Bulletin of the Pasteur Institute of Southern India, Coonoor - No. 1.
Year: 1908
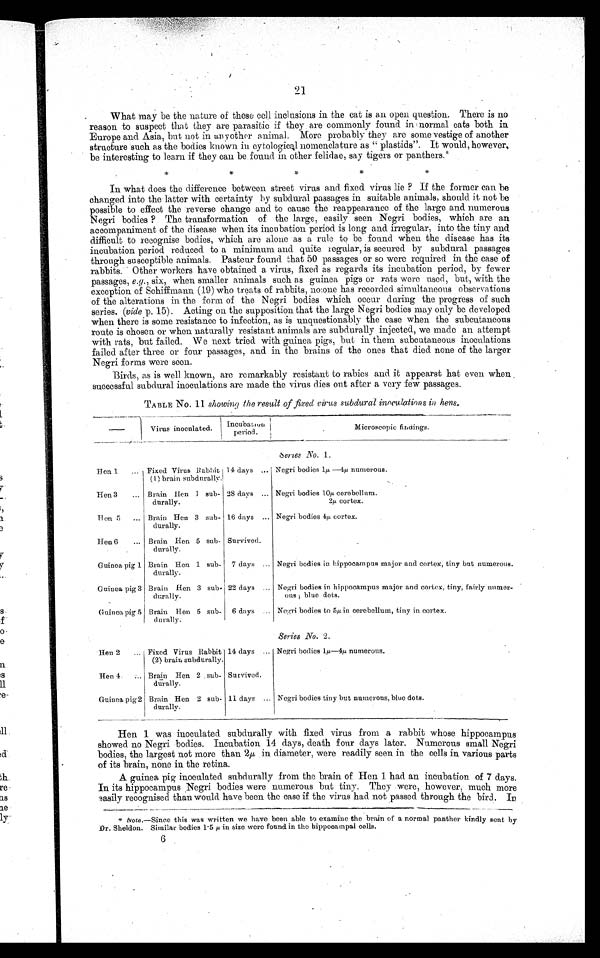
2
1
What may be the nature of these cell inclusions in the cat is an open question. There is no
reason to suspect that they are parasitic if they are commonly found in normal cats both in
Europe and Asia, but not in anyother animal. More probably they are some vestige of another
structure such as the bodies known in cytological nomenclature as a plastids". It would, however,
be interesting to learn if they can be found in other felidae, say tigers or panthers.
In what does the difference between street virus and fixed virus lie ? If the former can be
changed into the latter with certainty by subdural passages in suitable animals, should. it not be
possible to effect the reverse change and to cause the reappearance of the large and numerous
Negri bodies ? The transformation of the large, easily seen Negri bodies, which are an
accompaniment of the disease when its incubation period is long and irregular, into the tiny and.
difficult to recognise bodies, which are alone as a rule to be found when the disease has its
incubation period reduced to a minimum and quite regular, is secured by subdural passages
through susceptible animals. Pasteur found that 50 passages or so were required in the case of
rabbits Other workers have obtained a virus, fixed as regards its incubation period, by fewer
passages, e.g., six, when smaller animals such as guinea pigs or rats were used, but, with the
exception of Schiffmann (19) wh.o treats of rabbits, no one has recorded simultaneous observations
of the alterations in the form of the Negri bodies which occur daring the progress of such
series. (vide p. 15). Acting on the supposition that the large Negri bodies may only be developed
when there is some resistance to infection, as is unquestionably the case when the subcutaneous
route is chosen or when naturally resistant animals are subdurally injected, we made an attempt
with rats, but failed. We next tried with guinea pigs, but in them subcutaneous inoculations
failed after three or four passages, and in the brains of the ones that died none of the larger
Negri forms were seen.
'Birds, as is well known, are remarkably resistant to rabies and. it appearst hat even when
successful subdural inoculations are made the virus dies out after a very few passages.
TABLE No. 11 showing the result of fixed virus subdural inoculations in hens.
,
Virus inoculated. Incubation period Microscopic findings.
Serres
No. 1.
Hen 1
Fixed Virus Rabbit 14 days ,.. Negri bodies 1µ — 4 µ numerous.
(1) brain subdurally.i
Hen 3
... Brain Hen I sub-
durally.
28 days ... Negri bodies 10µ cerebellum.
2µ cortex.
Hen 5
... Brain Hen 3 sub-
durally.
16 days ... Negri bodies 4µ cortex.
Hen 6
... Brain Hen 5 sub-
durally.
Survived.
Guinea pig 1 Brain Hen 1 sub-
d.urally.
7 clays ... Negri bodies in hippocampus major and cortex, tiny but numerous.
Guinea pig 3 Brain Hen 3 sub-
durally.
22 days ... Negri bodies in hippocampus major and cortex, tiny, fairly numer-
ons ; blue dots.
Guinea pig 5 Brain Hen 5 sub-
6 days ...
durally.
Negri bodies to 5µ in cerebellum, tiny in cortex.
Series No. 2.
Hen 2
... Fixed Virus Rabbit 14 clays ... Negri bodies 1µ—4µ numerous.
(2) brain subdurally.
Hen 4.
Brain Hen 2 , sub-
durally.
Survived.
Guinea pig 2 Brain Hen 2 sub-
durally.
11 days ... Negri bodies tiny but numerous, blue dots.
Hen 1 was inoculated. subdurally with fixed virus from a rabbit whose hippocampus
showed no Negri bodies. Incubation 14 days, death four days later. Numerous small Negri
bodies, the largest not more than 2 µ in diameter, were readily seen in the cells in various parts
of its brain, none in the retina.
A guinea pig inoculated subdurally from the brain of Hen 1 had an incubation of 7 days.
In its hippocampus Negri bodies were numerous but tiny. They were, however. much more
easily recognised than would have been the case if the virus had not passed through the bird. In
•
Note.—Since this was written we have been able to examine the brain of a normal panther kindly sent by
Dr. Sheldon. Similar bodies 1 . 5 µ in size were found in the hippocampal cells.
6